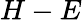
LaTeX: H-E